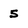
Character: 5